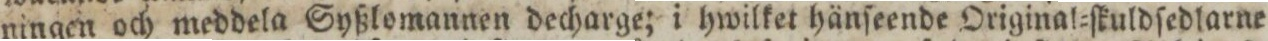
ningen och meddela Syßlomannen decharge; i hwilket hänſeende Original=ſkuldſedlarne